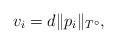
LaTeX: \begin{align*}v_i = d\|p_i\|_{T^\circ},\end{align*}